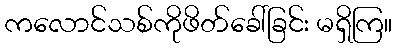
ကလောင်သစ်ကိုဖိတ်ခေါ်ခြင်း မရှိကြ။